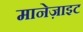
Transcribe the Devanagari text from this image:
मानेज़ाइट